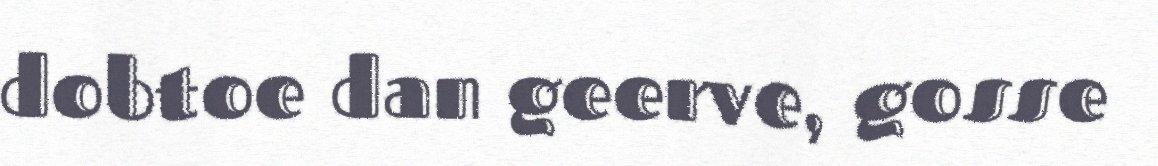
dobtoe dan geerve, gosse